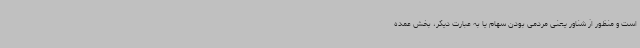
است و منظور از شناور یعنی مردمی بودن سهام یا به عبارت دیگر، بخش عمده